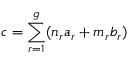
c = \sum _ { r = 1 } ^ { g } ( n _ { r } a _ { r } + m _ { r } b _ { r } )